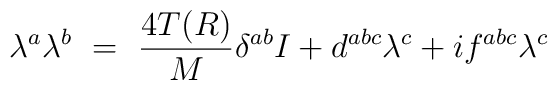
\lambda^a \lambda^b ~=~ \frac{4T(R)}{M} \delta^{ab} I + d^{abc} \lambda^c+ i f^{abc} \lambda^c